Document type: Emphyteutic lease
Year: 1316
Scribe: Guillem de Vila
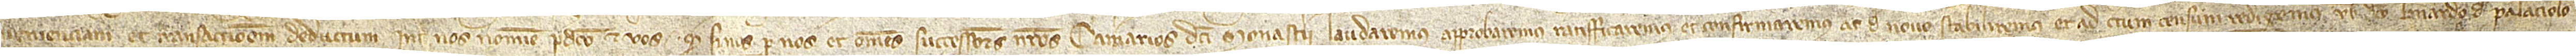
venienciam et transactionem deductum inter nos nomine predicto et vos quod, si nos per nos et omnes successores nostros camerarios dicti monasterii laudaremus, approbaremus, ratifficaremus et confirmaremus ac de novo stabiliremus et ad certum censum redigerimus vobis dicto Bernardo de Palaciolo